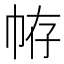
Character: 𢂣